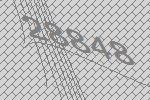
28848